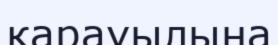
қарауылына